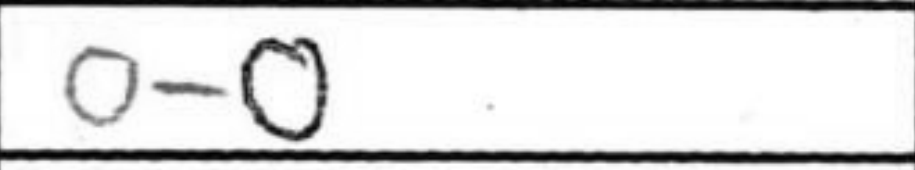
Transcription: O-O